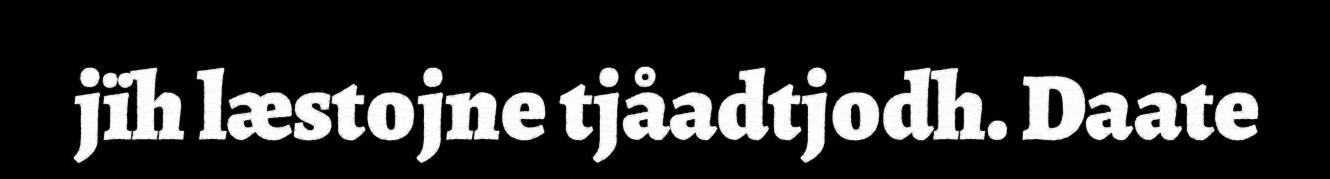
jïh læstojne tjåadtjodh. Daate